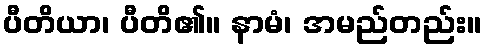
ပီတိယာ၊ ပီတိ၏။ နာမံ၊ အမည်တည်း။